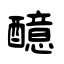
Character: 醷